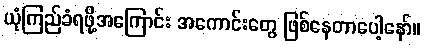
ယုံကြည်ခံရဖို့အကြောင်း အကောင်းတွေ ဖြစ်နေတာပေါ့နော်။